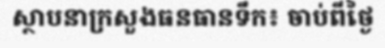
ស្ថាបនាក្រសួងធនធានទឹក៖ ចាប់ពីថ្ងៃ